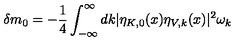
\delta m _ { 0 } = - \frac { 1 } { 4 } \int _ { - \infty } ^ { \infty } d k | \eta _ { K , 0 } ( x ) \eta _ { V , k } ( x ) | ^ { 2 } \omega _ { k }